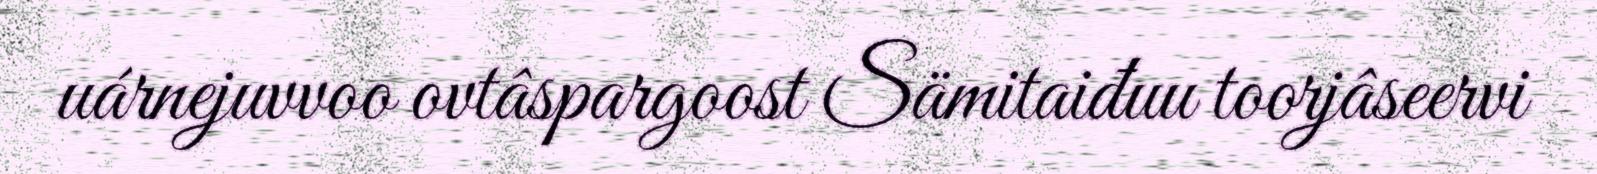
uárnejuvvoo ovtâspargoost Sämitaiđuu toorjâseervi